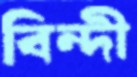
বিন্দী